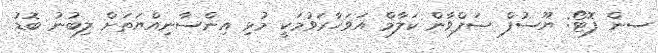
ސން ފޮޓޯ: ޔޫސުފް ޞަފްވާން ކަލާމް އަވަހާރަވުމަކީ މުޅި އިންސާނިއްޔަތަށް ލިބުނު ބޮޑު